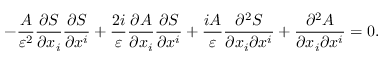
- { \frac { A } { \varepsilon ^ { 2 } } } { \frac { \partial S } { \partial x _ { i } } } { \frac { \partial S } { \partial x ^ { i } } } + { \frac { 2 i } { \varepsilon } } { \frac { \partial A } { \partial x _ { i } } } { \frac { \partial S } { \partial x ^ { i } } } + { \frac { i A } { \varepsilon } } { \frac { \partial ^ { 2 } S } { \partial x _ { i } \partial x ^ { i } } } + { \frac { \partial ^ { 2 } A } { \partial x _ { i } \partial x ^ { i } } } = 0 .